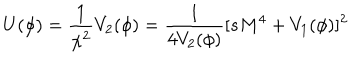
LaTeX: U ( \phi ) = \frac { 1 } { \chi ^ { 2 } } V _ { 2 } ( \phi ) = \frac { 1 } { 4 V _ { 2 } ( \phi ) } [ s M ^ { 4 } + V _ { 1 } ( \phi ) ] ^ { 2 }